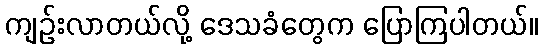
ကျဉ်းလာတယ်လို့ ဒေသခံတွေက ပြောကြပါတယ်။